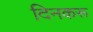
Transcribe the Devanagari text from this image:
दिनकरू